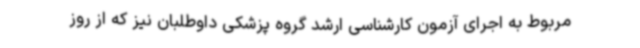
مربوط به اجرای آزمون کارشناسی ارشد گروه پزشکی داوطلبان نیز که از روز